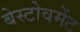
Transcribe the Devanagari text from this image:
बेस्टोवमेंट